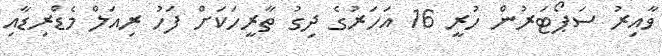
ވާއިރު ސަޕޯޓަރުން ހުރީ 16 އަހަރުގެ ދިގު ތާރީހަކަށް ފަހު ރިއަލް މެޑްރިޑާއި